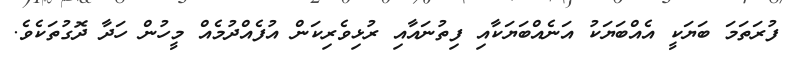
ފުރަތަމަ ބަޔަކީ އެއްބަޔަކު އަނެއްބަޔަކާއި ފިތުނައާއި ރުޅިވެރިކަން އުފެއްދުމެއް މީހުން ހަދާ ދޮގުތަކެވެ.